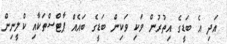
އަދި އެ ބަޑީގެ އިތުރުން ވަކި ވަކިން ބަޑީގެ ބައެއް ޕާޓްސްތަކާއި ކްލީނިން